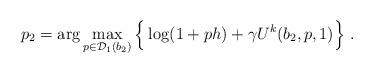
LaTeX: \begin{align*}p_2 = \arg \max_{p\in{\cal D}_1(b_2)}\Big\{ \log(1+ph) + \gamma U^{k}(b_2,p,1)\Big\}\ .\end{align*}